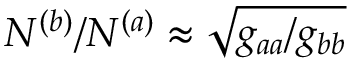
N ^ { ( b ) } / N ^ { ( a ) } \approx \sqrt { g _ { a a } / g _ { b b } }